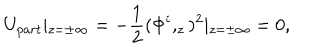
U _ { p a r t } \vert _ { z = \pm \infty } = - \frac 1 2 ( \Phi ^ { i } , _ { z } ) ^ { 2 } \vert _ { z = \pm \infty } = 0 ,